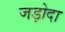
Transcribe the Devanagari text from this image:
जड़ोदा